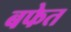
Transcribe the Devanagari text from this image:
बफेत